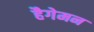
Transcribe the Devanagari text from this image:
हैगेमन